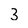
Character: 3